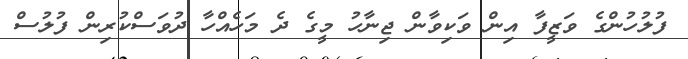
ފުލުހުންގެ ވަޒީފާ އިން ވަކިވާން ޖިނާހު މީގެ ދެ މަހެއްހާ ދުވަސްކުރިން ފުލުސް